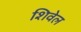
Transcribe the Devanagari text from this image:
शिवेल